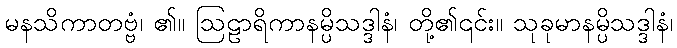
မနသိကာတဗ္ဗံ၊ ၏။ ဩဠာရိကာနမ္ပိသဒ္ဒါနံ၊ တို့၏၎င်း။ သုခုမာနမ္ပိသဒ္ဒါနံ၊